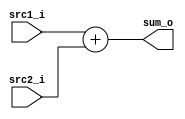
//0511097 fB0516329 R-----

module Adder(
    src1_i,
	src2_i,
	sum_o
	);
     
//I/O ports
input  [32-1:0]  src1_i;
input  [32-1:0]	 src2_i;
output [32-1:0]	 sum_o;

//Internal Signals
wire    [32-1:0]	 sum_o;
//Parameter
assign sum_o =  src1_i + src2_i;
//Main function
endmodule